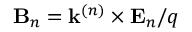
{ \bf B } _ { n } = { \bf k } ^ { ( n ) } \times { \bf E } _ { n } / q